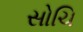
સોચિ